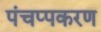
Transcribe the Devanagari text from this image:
पंचप्पकरण